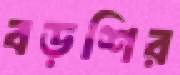
বড়শির